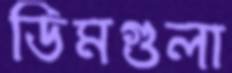
ডিমগুলা